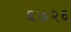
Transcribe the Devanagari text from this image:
६७२६